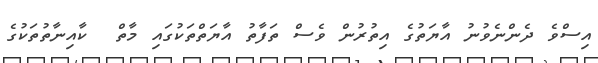
އިސްވެ ދެންނެވުނު އާޔަތުގެ އިތުރުން ވެސް ތަފާތު އާޔަތްތަކުގައި މާތް  ކާއިނާތުތަކުގެ